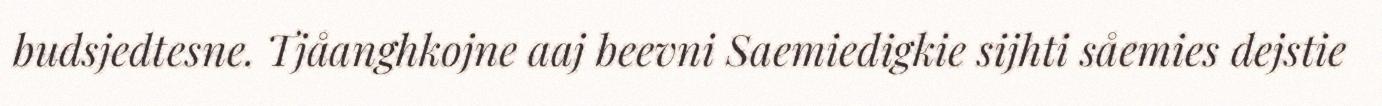
budsjedtesne. Tjåanghkojne aaj beevni Saemiedigkie sijhti såemies dejstie